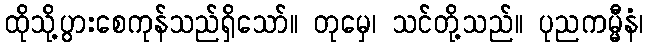
ထိုသို့ပွားစေကုန်သည်ရှိသော်။ တုမှေ၊ သင်တို့သည်။ ပုညကမ္မီနံ၊